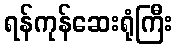
ရန်ကုန်ဆေးရုံကြီး